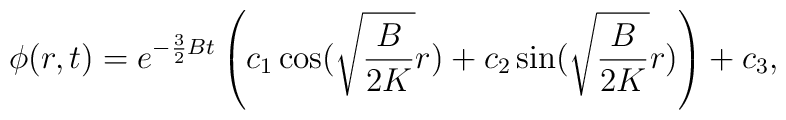
\phi(r,t)=e^{-\frac{3}{2}Bt}\left( c_1\cos(\sqrt{\frac{B}{2K}}r)+c_2\sin(\sqrt{\frac{B}{2K}}r)\right)+c_3,